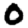
Digit: 0